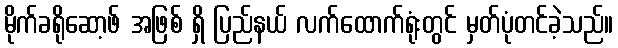
မိုက်ခရိုဆော့ဖ် အဖြစ် ရှိ ပြည်နယ် လက်ထောက်ရုံးတွင် မှတ်ပုံတင်ခဲ့သည်။